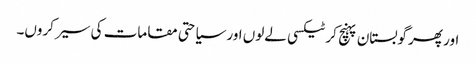
اور پھر گوبستان پہنچ کر ٹیکسی لےلوں اور سیاحتی مقامات کی سیر کروں۔